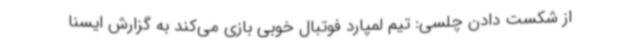
از شکست دادن چلسی: تیم لمپارد فوتبال خوبی بازی می‌کند به گزارش ایسنا